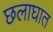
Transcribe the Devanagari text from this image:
छलाघात